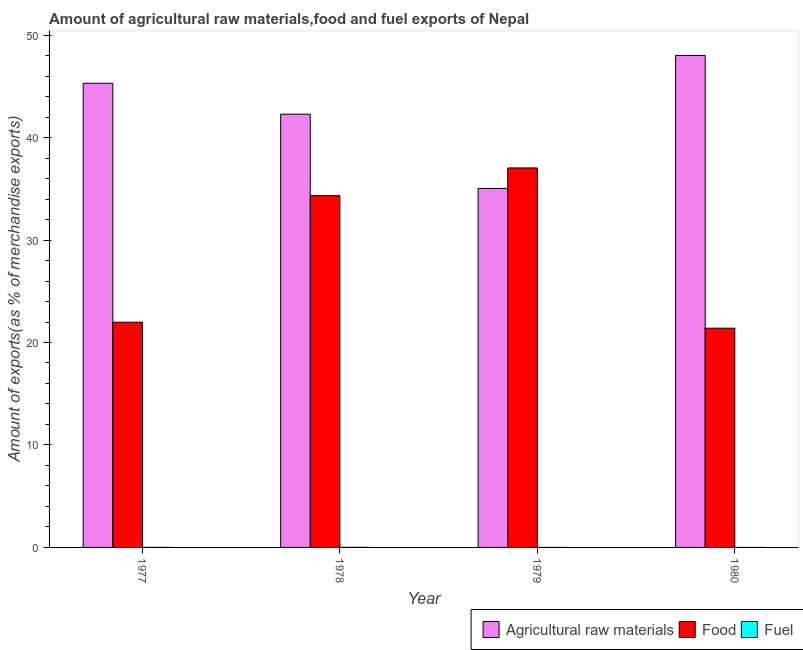
| Year | Agricultural raw materials | Food | Fuel |
 | --- | --- | --- | --- |
 | 1977 | 45.3 | 22 | 0.00216 |
 | 1978 | 42.3 | 34.3 | 0.00358 |
 | 1979 | 35 | 37 | 0.00169 |
 | 1980 | 48 | 21.4 | 4.52e-05 |